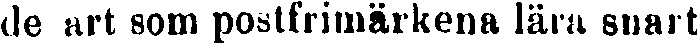
de art som posstfrimärkena lära snart